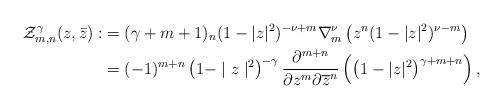
LaTeX: \begin{align*}\mathcal{Z}_{m,n}^\gamma (z,\bar z) : &= (\gamma+m+1)_n(1 - |z|^2)^{-\nu +m}\nabla^{\nu}_{m} \left( z^n (1 - |z|^2)^{\nu-m}\right)\\&=(-1)^{m+n}\left(1-\mid z\mid^{2}\right)^{-\gamma}\dfrac{\partial^{m+n}}{\partial z^{m}\partial \overline{z}^{n}}\left(\left(1-|z|^{2}\right)^{\gamma+m+n}\right),\end{align*}